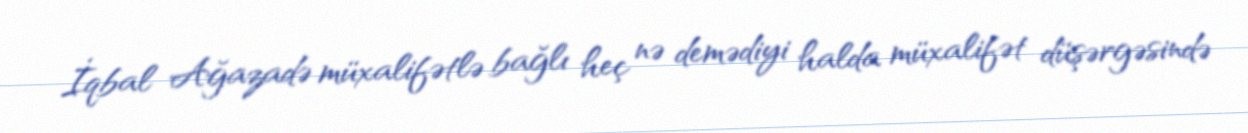
İqbal Ağazadə müxalifətlə bağlı heç nə demədiyi halda müxalifət düşərgəsində